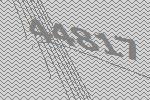
44817